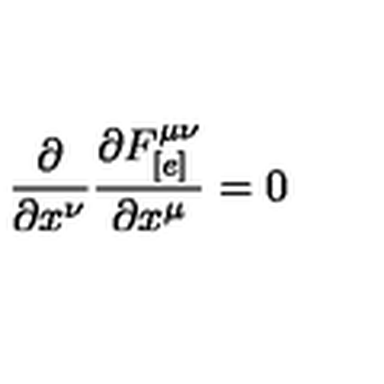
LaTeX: \frac { \partial } { \partial x ^ { \nu } } \frac { \partial F _ { [ e ] } ^ { \mu \nu } } { \partial x ^ { \mu } } = 0